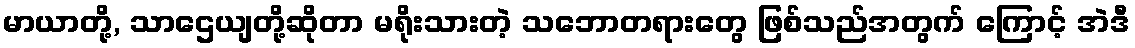
မာယာတို့, သာဌေယျတို့ဆိုတာ မရိုးသားတဲ့ သဘောတရားတွေ ဖြစ်သည်အတွက် ကြောင့် အဲဒီ